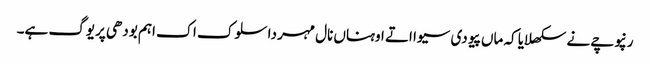
رنپوچے نے سکھلایا کہ ماں پیو دی سیوا اتے اوہناں نال مہر دا سلوک اک اہم بودھی پریوگ ہے۔